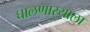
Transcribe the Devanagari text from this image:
घालणार्‍याला